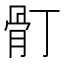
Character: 𩨑